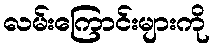
လမ်းကြောင်းများကို